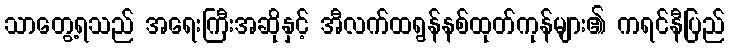
သာတွေ့ရသည် အရေးကြီးအဆိုနှင့် အီလက်ထရွန်နစ်ထုတ်ကုန်များ၏ ကရင်နီပြည်